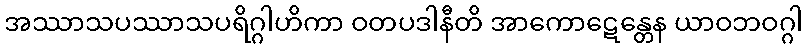
အဿာသပဿာသပရိဂ္ဂါဟိကာ ဝတပဒါနီတိ အာကောဋေန္တေန ယာဝဘဝဂ္ဂါ